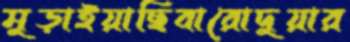
মুড়াইয়াছিবারোদুয়ার